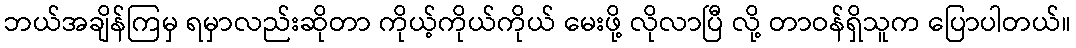
ဘယ်အချိန်ကြမှ ရမှာလည်းဆိုတာ ကိုယ့်ကိုယ်ကိုယ် မေးဖို့ လိုလာပြီ လို့ တာဝန်ရှိသူက ပြောပါတယ်။